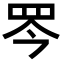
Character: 𦊃